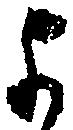
よ